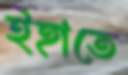
ইহাতে